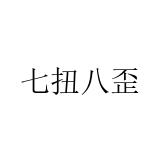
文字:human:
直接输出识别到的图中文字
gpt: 七扭八歪